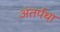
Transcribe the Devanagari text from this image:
अंतर्पंथा